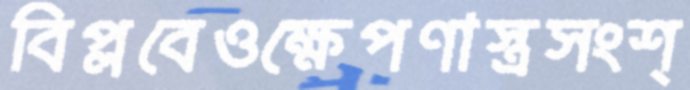
বিপ্লবেওক্ষেপণাস্ত্রসংশ্